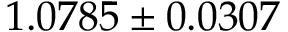
1 . 0 7 8 5 \pm 0 . 0 3 0 7